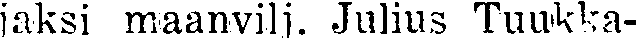
jaksi maanvilj. Julius Tuukka-